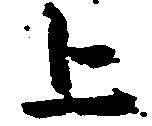
上